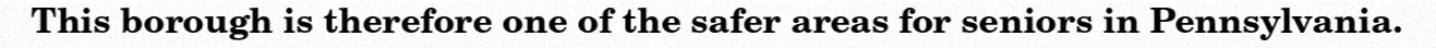
This borough is therefore one of the safer areas for seniors in Pennsylvania.